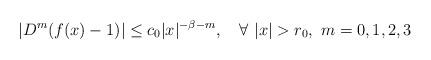
LaTeX: \begin{align*}|D^m(f(x)-1)|\leq c_0|x|^{-\beta-m},\quad\forall\ |x|>r_0,\ m=0,1,2,3\end{align*}